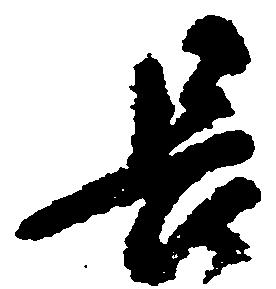
長